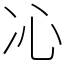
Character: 𠖶